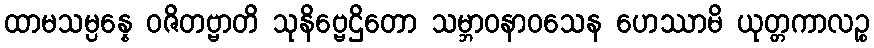
ထာမသမ္ပန္နေ ဝဇိတဗ္ဗာတိ သုနိဗ္ဗေဌိတော သမ္ဘာဝနာဝသေန ဟေဿာမိ ယုတ္တကာလဉ္စ